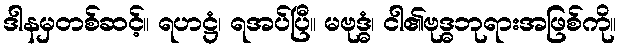
ဒါနမှတစ်ဆင့်။ ရဟဋ္ဌံ၊ ရအပ်ပြီ။ မဗုဒ္ဓံ၊ ငါ၏ဗုဒ္ဓဘုရားအဖြစ်ကို။